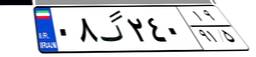
۰۸گ۲۴۰۱۹